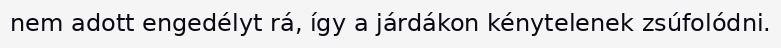
nem adott engedélyt rá, így a járdákon kénytelenek zsúfolódni.